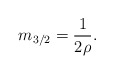
\begin{align*}m_{3/2}=\frac{1}{2\rho}.\end{align*}